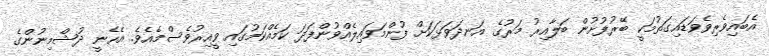
އެބައިވެރިވެވަޑައިގަތުމަކީ ބޭރުފުށުން ބަލާއިރު މަރުގެ އަނދަވަޅަކަށް ފުންމަވައިލެއްވުންފަދަ ކަމެއްކަމުގައި ވީއިރުވެސްމެއެވެ. އެހެނީ ދުޝްމިނުންގެ